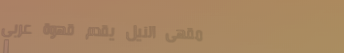
مقهى النيل يقدم قهوة عربي